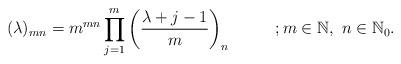
LaTeX: \begin{align*} (\lambda)_{mn}=m^{mn}\prod_{j=1}^{m}\left(\frac{\lambda+j-1}{m}\right)_{n}~~~~~~~~;m\in\mathbb{N},~n\in\mathbb{N}_{0}\newline.\end{align*}